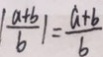
\vert \frac { a + b } { b } \vert = \frac { a + b } { b }